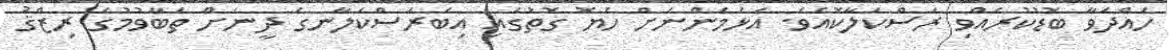
ހައްދަވާ ބޮޑުކުރެއްވި ރަސްކަލާކޮއެވެ. އަޅަމެންނަށް ހެޔޮ ގޮތުގައި އިބަރަސްކަލާނގެ ދީނަށް ތަބާވުމުގެ ރިޒްޤު